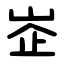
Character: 峜